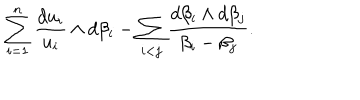
\sum _ { i = 1 } ^ { n } \frac { d u _ { i } } { u _ { i } } \wedge d \beta _ { i } - \sum _ { i < j } \frac { d \beta _ { i } \wedge d \beta _ { j } } { \beta _ { i } - \beta _ { j } } .